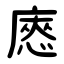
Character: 㥷